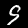
Digit: 9